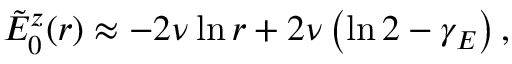
\begin{array} { r } { \tilde { E } _ { 0 } ^ { z } ( r ) \approx - 2 \nu \ln r + 2 \nu \left( \ln 2 - \gamma _ { E } \right) , } \end{array}